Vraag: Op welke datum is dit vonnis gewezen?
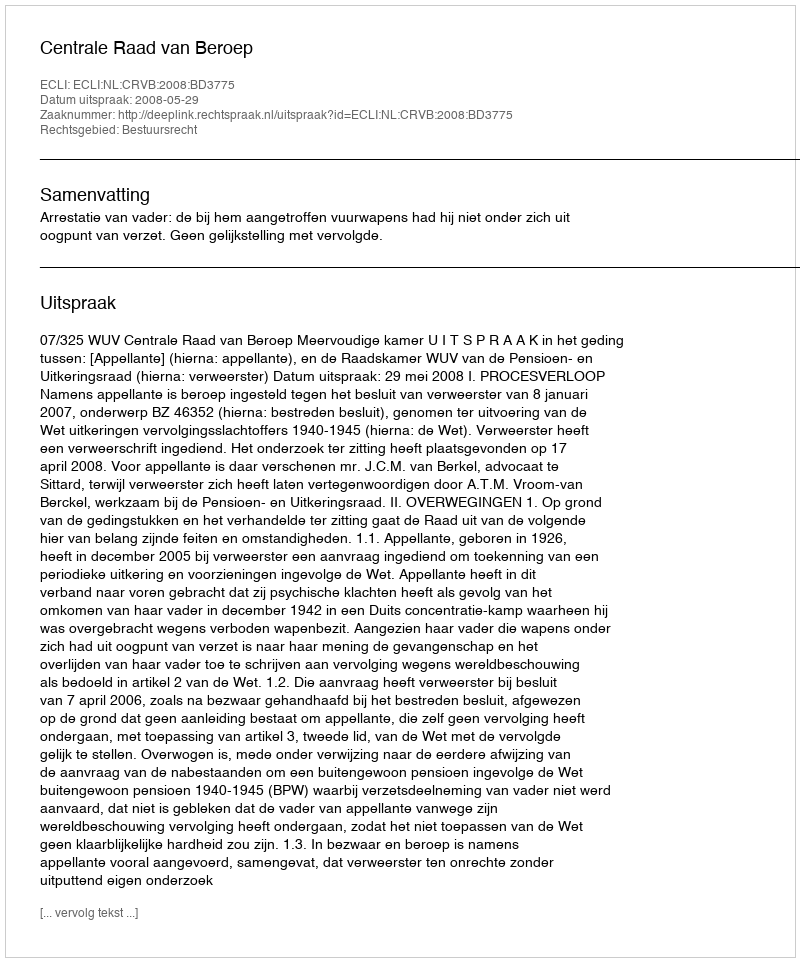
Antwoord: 2008-05-29